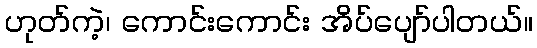
ဟုတ်ကဲ့၊ ကောင်းကောင်း အိပ်ပျော်ပါတယ်။